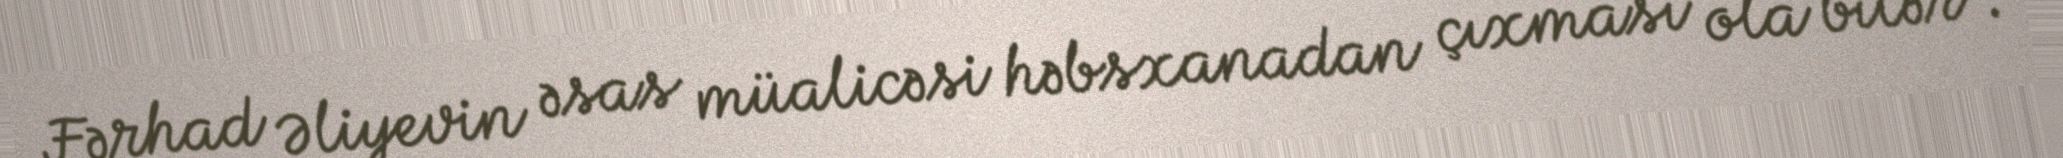
Fərhad Əliyevin əsas müalicəsi həbsxanadan çıxması ola bilər”.